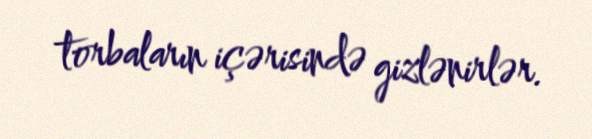
torbaların içərisində gizlənirlər.